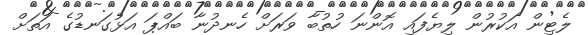
ލެޓިން އަކުރުން ލިޔެފައި އޮންނަ ހުތުބާ ވަރަށް ހެނދުނާ ބައްޕަ އަޅުގަނޑުގެ އަތަށް